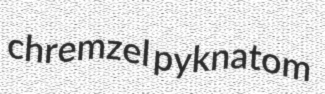
chremzel pyknatom